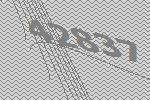
42837